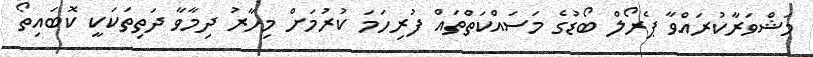
މަޝްވަރާކުރައްވާ ޕެރޯލް ބޯޑުގެ މަސައްކަތްތައް ފުރިހަމަ ކުރުމަށް މިހާރު ދިމާވާ ދަތިތަކަކީ ކޮބައިތޯ